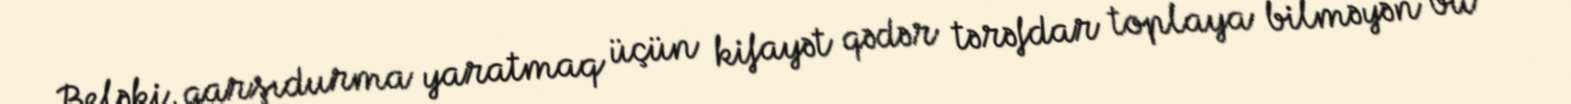
Beləki, qarşıdurma yaratmaq üçün kifayət qədər tərəfdar toplaya bilməyən bu